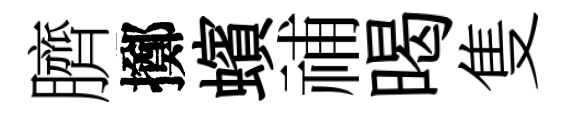
臍擲蠙𥙷暍隻